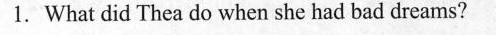
1.What did Thea do when she had bad dreams?